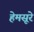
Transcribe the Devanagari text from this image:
हेमसूरे